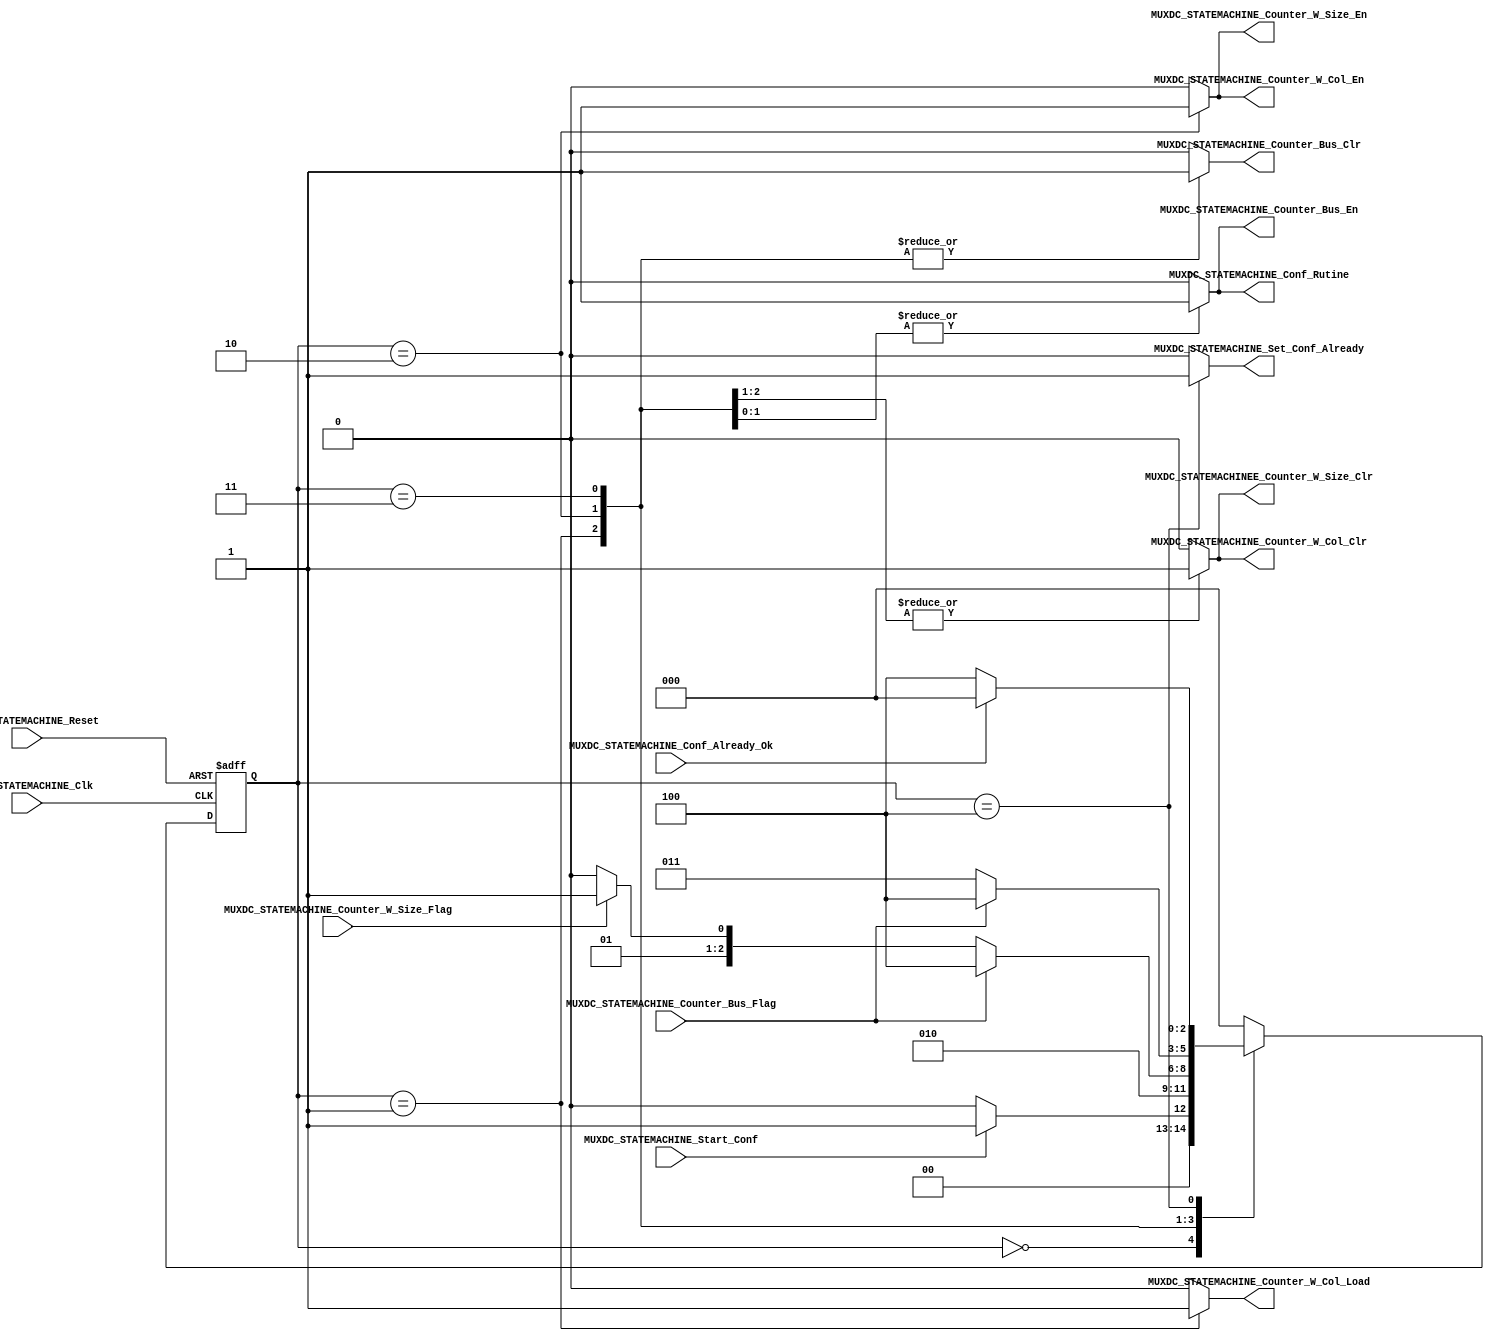
/*#########################################################################
//# Multiplexers Dataflow Controller State Machine
//#########################################################################
//#
//# Copyright (C) 2021 Jose Maria Jaramillo Hoyos
//# 
//# This program is free software: you can redistribute it and/or modify
//# it under the terms of the GNU General Public License as published by
//# the Free Software Foundation, either version 3 of the License, or
//# (at your option) any later version.
//#
//# This program is distributed in the hope that it will be useful,
//# but WITHOUT ANY WARRANTY; without even the implied warranty of
//# MERCHANTABILITY or FITNESS FOR A PARTICULAR PURPOSE.  See the
//# GNU General Public License for more details.
//#
//# You should have received a copy of the GNU General Public License
//# along with this program.  If not, see <https://www.gnu.org/licenses/>.
//#
//########################################################################*/

module MUXDC_STATEMACHINE(

//////////// INPUTS //////////
MUXDC_STATEMACHINE_Clk,
MUXDC_STATEMACHINE_Reset,
MUXDC_STATEMACHINE_Start_Conf,
MUXDC_STATEMACHINE_Conf_Already_Ok,
MUXDC_STATEMACHINE_Counter_Bus_Flag,
MUXDC_STATEMACHINE_Counter_W_Size_Flag,

//////////// OUTPUTS //////////

MUXDC_STATEMACHINE_Set_Conf_Already,
MUXDC_STATEMACHINE_Counter_W_Size_En,
MUXDC_STATEMACHINEE_Counter_W_Size_Clr,
MUXDC_STATEMACHINE_Counter_W_Col_En,
MUXDC_STATEMACHINE_Counter_W_Col_Load,
MUXDC_STATEMACHINE_Counter_W_Col_Clr,
MUXDC_STATEMACHINE_Counter_Bus_En,
MUXDC_STATEMACHINE_Counter_Bus_Clr,
MUXDC_STATEMACHINE_Conf_Rutine

);

//=======================================================
//  State declarations
//=======================================================

localparam State_reset = 0;
localparam State_load = 1;
localparam State_Configuring0 = 2;
localparam State_Configuring1 = 3;
localparam State_Wait_Conf = 4;


//=======================================================
//  PORT declarations
//=======================================================
input MUXDC_STATEMACHINE_Clk;
input MUXDC_STATEMACHINE_Reset;
input MUXDC_STATEMACHINE_Start_Conf;
input MUXDC_STATEMACHINE_Conf_Already_Ok;
input MUXDC_STATEMACHINE_Counter_Bus_Flag;
input MUXDC_STATEMACHINE_Counter_W_Size_Flag;
output reg MUXDC_STATEMACHINE_Set_Conf_Already;
output reg MUXDC_STATEMACHINE_Counter_W_Size_En;
output reg MUXDC_STATEMACHINEE_Counter_W_Size_Clr;
output reg MUXDC_STATEMACHINE_Counter_W_Col_En;
output reg MUXDC_STATEMACHINE_Counter_W_Col_Load;
output reg MUXDC_STATEMACHINE_Counter_W_Col_Clr;
output reg MUXDC_STATEMACHINE_Counter_Bus_En;
output reg MUXDC_STATEMACHINE_Counter_Bus_Clr;
output reg MUXDC_STATEMACHINE_Conf_Rutine;

//=======================================================
//  REG/WIRE DECLARATIONS
//=======================================================
reg [2:0] State_Register;
reg [2:0] State_Signal;

// Next state combinational logic
always @(*)
begin
	case (State_Register)
	
		State_reset: if(MUXDC_STATEMACHINE_Start_Conf)
							State_Signal=State_load;
						 else
							State_Signal=State_reset;
		
		State_load: State_Signal=State_Configuring0;
		
		State_Configuring0:if(MUXDC_STATEMACHINE_Counter_Bus_Flag)
										State_Signal=State_Wait_Conf;
								 else if(MUXDC_STATEMACHINE_Counter_W_Size_Flag)
										State_Signal=State_Configuring1;
								 else
										State_Signal=State_Configuring0;
									
		State_Configuring1: if(MUXDC_STATEMACHINE_Counter_Bus_Flag)
										State_Signal=State_Wait_Conf;
								  else
										State_Signal=State_Configuring1;
		
		State_Wait_Conf: if(MUXDC_STATEMACHINE_Conf_Already_Ok)
									State_Signal=State_reset;
								else
									State_Signal=State_Wait_Conf;
									
		default: State_Signal = State_reset;
								
	endcase

end


// Sequential Logic
always @ (posedge MUXDC_STATEMACHINE_Clk, negedge MUXDC_STATEMACHINE_Reset)
begin
	if (!MUXDC_STATEMACHINE_Reset)
		State_Register <= State_reset;
	else
		State_Register <= State_Signal;
end


// COMBINATIONAL OUTPUT LOGIC
always @ (*)
begin
	case(State_Register)
	
		State_reset:
		begin
			MUXDC_STATEMACHINE_Set_Conf_Already = 1'b0;
			MUXDC_STATEMACHINE_Counter_W_Size_En = 1'b0;
			MUXDC_STATEMACHINEE_Counter_W_Size_Clr = 1'b0;
			MUXDC_STATEMACHINE_Counter_W_Col_En = 1'b0;
			MUXDC_STATEMACHINE_Counter_W_Col_Load = 1'b0;
			MUXDC_STATEMACHINE_Counter_W_Col_Clr = 1'b0;
			MUXDC_STATEMACHINE_Counter_Bus_En = 1'b0;
			MUXDC_STATEMACHINE_Counter_Bus_Clr = 1'b0;
			MUXDC_STATEMACHINE_Conf_Rutine = 1'b0;
		end
		
		State_load:
		begin
			MUXDC_STATEMACHINE_Set_Conf_Already = 1'b0;
			MUXDC_STATEMACHINE_Counter_W_Size_En = 1'b0;
			MUXDC_STATEMACHINEE_Counter_W_Size_Clr = 1'b1;
			MUXDC_STATEMACHINE_Counter_W_Col_En = 1'b0;
			MUXDC_STATEMACHINE_Counter_W_Col_Load = 1'b1;
			MUXDC_STATEMACHINE_Counter_W_Col_Clr = 1'b1;
			MUXDC_STATEMACHINE_Counter_Bus_En = 1'b0;
			MUXDC_STATEMACHINE_Counter_Bus_Clr = 1'b1;
			MUXDC_STATEMACHINE_Conf_Rutine = 1'b0;
		end
		
		State_Configuring0:
		begin
			MUXDC_STATEMACHINE_Set_Conf_Already = 1'b0;
			MUXDC_STATEMACHINE_Counter_W_Size_En = 1'b1;
			MUXDC_STATEMACHINEE_Counter_W_Size_Clr = 1'b1;
			MUXDC_STATEMACHINE_Counter_W_Col_En = 1'b1;
			MUXDC_STATEMACHINE_Counter_W_Col_Load = 1'b0;
			MUXDC_STATEMACHINE_Counter_W_Col_Clr = 1'b1;
			MUXDC_STATEMACHINE_Counter_Bus_En = 1'b1;
			MUXDC_STATEMACHINE_Counter_Bus_Clr = 1'b1;
			MUXDC_STATEMACHINE_Conf_Rutine = 1'b1;
		end
		
		State_Configuring1:
		begin
			MUXDC_STATEMACHINE_Set_Conf_Already = 1'b0;
			MUXDC_STATEMACHINE_Counter_W_Size_En = 1'b0;
			MUXDC_STATEMACHINEE_Counter_W_Size_Clr = 1'b0;
			MUXDC_STATEMACHINE_Counter_W_Col_En = 1'b0;
			MUXDC_STATEMACHINE_Counter_W_Col_Load = 1'b0;
			MUXDC_STATEMACHINE_Counter_W_Col_Clr = 1'b0;
			MUXDC_STATEMACHINE_Counter_Bus_En = 1'b1;
			MUXDC_STATEMACHINE_Counter_Bus_Clr = 1'b1;
			MUXDC_STATEMACHINE_Conf_Rutine = 1'b1;
		end
		
		
		State_Wait_Conf:
		begin
			MUXDC_STATEMACHINE_Set_Conf_Already = 1'b1;
			MUXDC_STATEMACHINE_Counter_W_Size_En = 1'b0;
			MUXDC_STATEMACHINEE_Counter_W_Size_Clr = 1'b0;
			MUXDC_STATEMACHINE_Counter_W_Col_En = 1'b0;
			MUXDC_STATEMACHINE_Counter_W_Col_Load = 1'b0;
			MUXDC_STATEMACHINE_Counter_W_Col_Clr = 1'b0;
			MUXDC_STATEMACHINE_Counter_Bus_En = 1'b0;
			MUXDC_STATEMACHINE_Counter_Bus_Clr = 1'b0;
			MUXDC_STATEMACHINE_Conf_Rutine = 1'b0;
		end
		
		
		default:
		begin
			MUXDC_STATEMACHINE_Set_Conf_Already = 1'b0;
			MUXDC_STATEMACHINE_Counter_W_Size_En = 1'b0;
			MUXDC_STATEMACHINEE_Counter_W_Size_Clr = 1'b0;
			MUXDC_STATEMACHINE_Counter_W_Col_En = 1'b0;
			MUXDC_STATEMACHINE_Counter_W_Col_Load = 1'b0;
			MUXDC_STATEMACHINE_Counter_W_Col_Clr = 1'b0;
			MUXDC_STATEMACHINE_Counter_Bus_En = 1'b0;
			MUXDC_STATEMACHINE_Counter_Bus_Clr = 1'b0;
			MUXDC_STATEMACHINE_Conf_Rutine = 1'b0;
		end
		
	endcase
	
end


endmodule